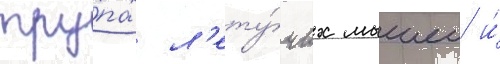
тру́пах л'ету́чих мышеи и́